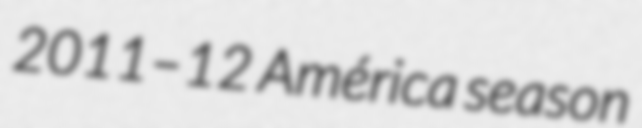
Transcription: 2011–12 América season